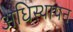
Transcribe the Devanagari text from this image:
अधिस्थापन